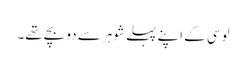
لوسی کے اپنے پہلے شوہر سے دو بچے تھے۔